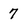
Character: 7